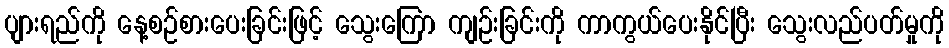
ပျားရည်ကို နေ့စဉ်စားပေးခြင်းဖြင့် သွေးကြော ကျဉ်းခြင်းကို ကာကွယ်ပေးနိုင်ပြီး သွေးလည်ပတ်မှုကို